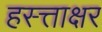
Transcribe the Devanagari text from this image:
हस्त्ताक्षर